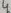
Text: 4